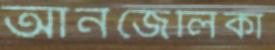
আনজেলিকা